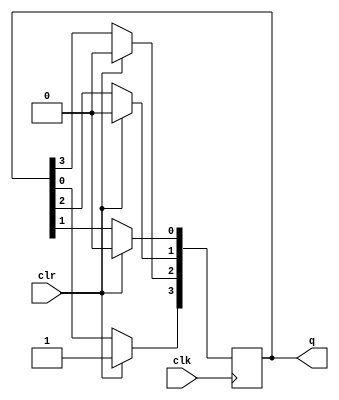
module ringcounter(q,clk,clr);
  input clk,clr;
  output [3:0]q;
  reg [3:0]q;
  always @(posedge clk)
  if(clr == 1)
    q <= 4'b1000;
else
  begin
    q[3] <= q[0];
    q[2] <= q[3];
    q[1] <= q[2];
    q[0] <= q[1];
  end
endmodule